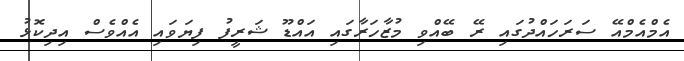
އެމްއެމްއޭ ސަރަހައްދުގައި ރޭ ބޭއްވި މުޒާހަރާގައި އައްޑޫ ޝަރީފު ފިޔަވައި އެއްވެސް އިދިކޮޅު